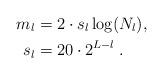
LaTeX: \begin{align*}m_l &= 2 \cdot s_l \log(N_l), \\ s_l &= 20\cdot 2^{L-l}\;. \end{align*}